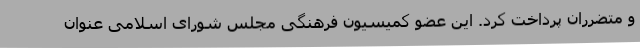
و متضرران پرداخت کرد. این عضو کمیسیون فرهنگی مجلس شورای اسلامی عنوان